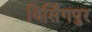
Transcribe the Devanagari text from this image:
विर्सिंगपुर